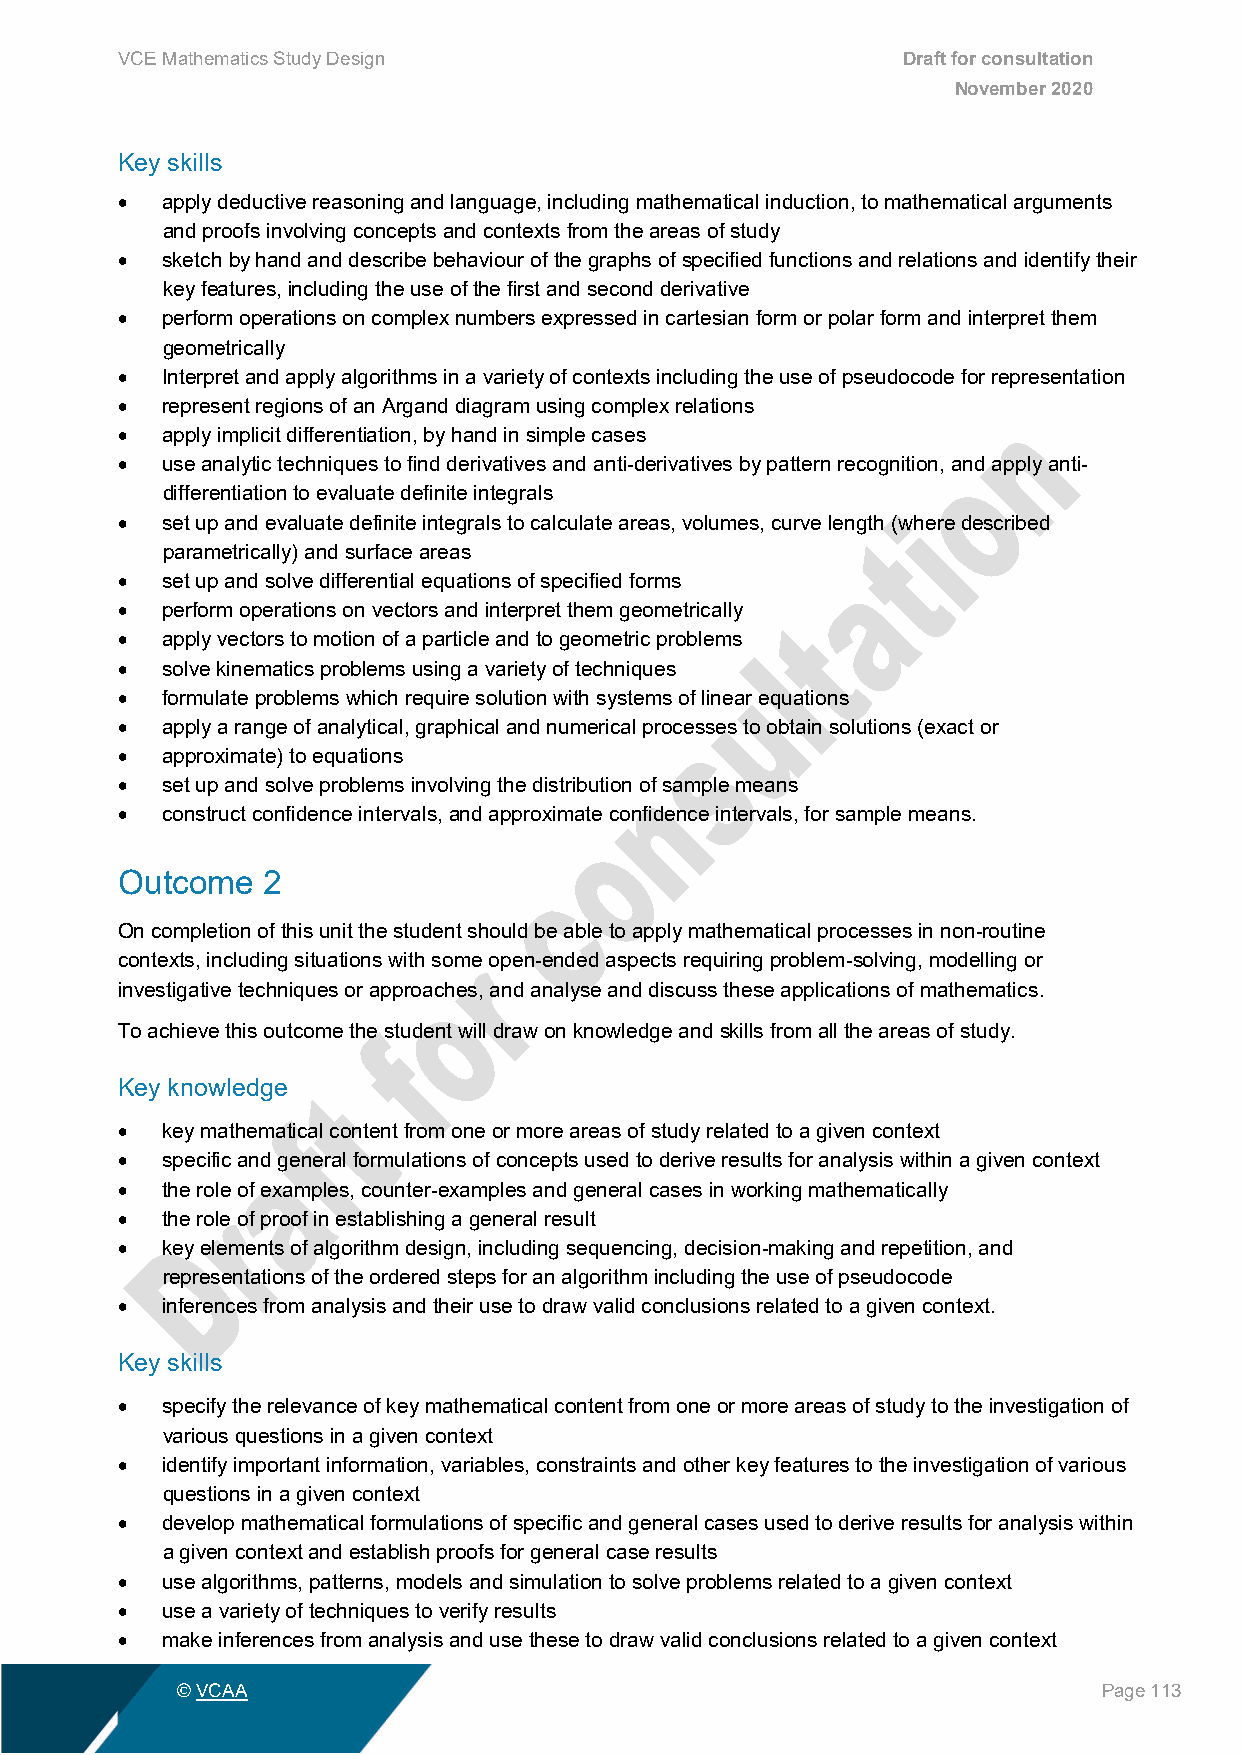
VCE Mathematics Study Design                        Draft for consultation
 November 2020
 Key skills
 •  apply deductive reasoning and language, including mathematical induction, to mathematical arguments
 and proofs involving concepts and contexts from the areas of study
 •  sketch by hand and describe behaviour of the graphs of specified functions and relations and identify their
 key features, including the use of the first and second derivative
 •  perform operations on complex numbers expressed in cartesian form or polar form and interpret them
 geometrically
 •  Interpret and apply algorithms in a variety of contexts including the use of pseudocode for representation
 •  represent regions of an Argand diagram using complex relations
 •  apply implicit differentiation, by hand in simple cases
 •  use analytic techniques to find derivatives and anti-derivatives by pattern recognition, and apply anti-
 differentiation to evaluate definite integrals
 •  set up and evaluate definite integrals to calculate areas, volumes, curve length (where described
 parametrically) and surface areas
 •  set up and solve differential equations of specified forms
 •  perform operations on vectors and interpret them geometrically
 •  apply vectors to motion of a particle and to geometric problems
 •  solve kinematics problems using a variety of techniques
 •  formulate problems which require solution with systems of linear equations
 •  apply a range of analytical, graphical and numerical processes to obtain solutions (exact or
 •  approximate) to equations
 •  set up and solve problems involving the distribution of sample means
 •  construct confidence intervals, and approximate confidence intervals, for sample means.
 Outcome  2
 On completion of this unit the student should be able to apply mathematical processes in non-routine
 contexts, including situations with some open-ended aspects requiring problem-solving, modelling or
 investigative techniques or approaches, and analyse and discuss these applications of mathematics.
 To achieve this outcome the student will draw on knowledge and skills from all the areas of study.
 Key knowledge
 •  key mathematical content from one or more areas of study related to a given context
 •  specific and general formulations of concepts used to derive results for analysis within a given context
 •  the role of examples, counter-examples and general cases in working mathematically
 •  the role of proof in establishing a general result
 •  key elements of algorithm design, including sequencing, decision-making and repetition, and
 representations of the ordered steps for an algorithm including the use of pseudocode
 •  inferences from analysis and their use to draw valid conclusions related to a given context.
 Key skills
 •  specify the relevance of key mathematical content from one or more areas of study to the investigation of
 various questions in a given context
 •  identify important information, variables, constraints and other key features to the investigation of various
 questions in a given context
 •  develop mathematical formulations of specific and general cases used to derive results for analysis within
 a given context and establish proofs for general case results
 •  use algorithms, patterns, models and simulation to solve problems related to a given context
 •  use a variety of techniques to verify results
 •  make inferences from analysis and use these to draw valid conclusions related to a given context
 © VCAA                                                       Page 113